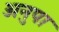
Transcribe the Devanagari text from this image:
अनुपा